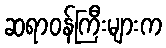
ဆရာဝန်ကြီးများက